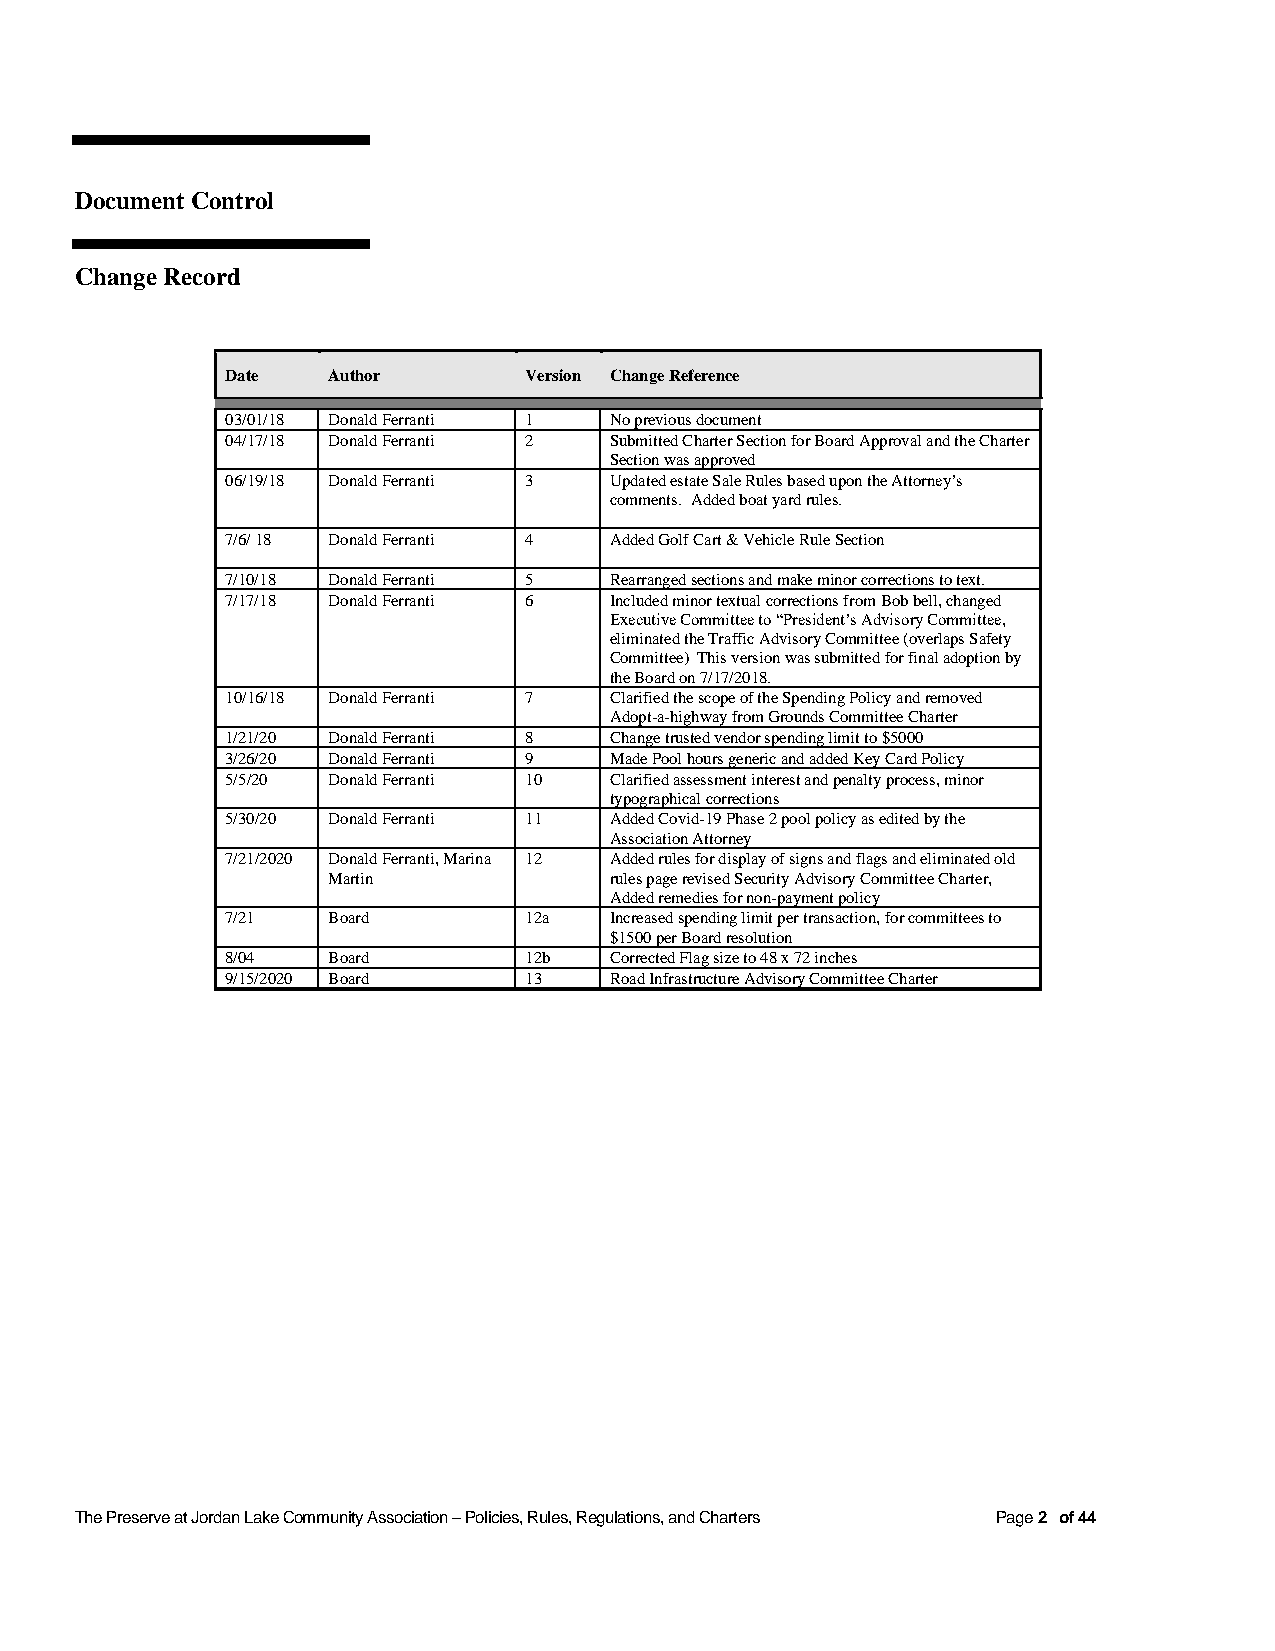
Document Control
 Change Record
 Date   Author       Version Change Reference
 03/01/18 Donald Ferranti 1 No previous document
 04/17/18 Donald Ferranti 2 Submitted Charter Section for Board Approval and the Charter
 Section was approved
 06/19/18 Donald Ferranti 3 Updated estate Sale Rules based upon the Attorney’s
 comments. Added boat yard rules.
 7/6/ 18 Donald Ferranti 4 Added Golf Cart & Vehicle Rule Section
 7/10/18 Donald Ferranti 5 Rearranged sections and make minor corrections to text.
 7/17/18 Donald Ferranti 6 Included minor textual corrections from Bob bell, changed
 Executive Committee to “President’s Advisory Committee,
 eliminated the Traffic Advisory Committee (overlaps Safety
 Committee) This version was submitted for final adoption by
 the Board on 7/17/2018.
 10/16/18 Donald Ferranti 7 Clarified the scope of the Spending Policy and removed
 Adopt-a-highway from Grounds Committee Charter
 1/21/20 Donald Ferranti 8 Change trusted vendor spending limit to $5000
 3/26/20 Donald Ferranti 9 Made Pool hours generic and added Key Card Policy
 5/5/20 Donald Ferranti 10 Clarified assessment interest and penalty process, minor
 typographical corrections
 5/30/20 Donald Ferranti 11 Added Covid-19 Phase 2 pool policy as edited by the
 Association Attorney
 7/21/2020 Donald Ferranti, Marina 12 Added rules for display of signs and flags and eliminated old
 Martin            rules page revised Security Advisory Committee Charter,
 Added remedies for non-payment policy
 7/21   Board        12a  Increased spending limit per transaction, for committees to
 $1500 per Board resolution
 8/04   Board        12b  Corrected Flag size to 48 x 72 inches
 9/15/2020 Board     13   Road Infrastructure Advisory Committee Charter
 The Preserve at Jordan Lake Community Association – Policies, Rules, Regulations, and Charters Page 2 of 44